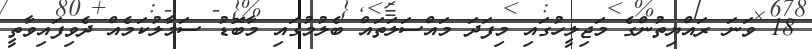
18 ވަނަ ރައްޔިތުންގެ މަޖިލީހުގައި މިފަދަ މައްސަލަތައް ބެލުމުގައި މާބޮޑު ސަމާލުކަމެއް ދެވިފައިވާތީ